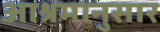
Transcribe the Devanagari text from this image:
आश्रमानुसार